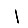
Digit: 1